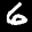
Label: 6